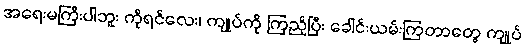
အရေးမကြီးပါဘူး ကိုရင်လေး၊ ကျုပ်ကို ကြည့်ပြီး ခေါင်းယမ်းကြတာတွေ ကျုပ်